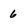
Character: 6